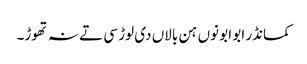
کمانڈر ابو ابو نوں ہن بالاں دی لوڑ سی تے نہ تھوڑ۔